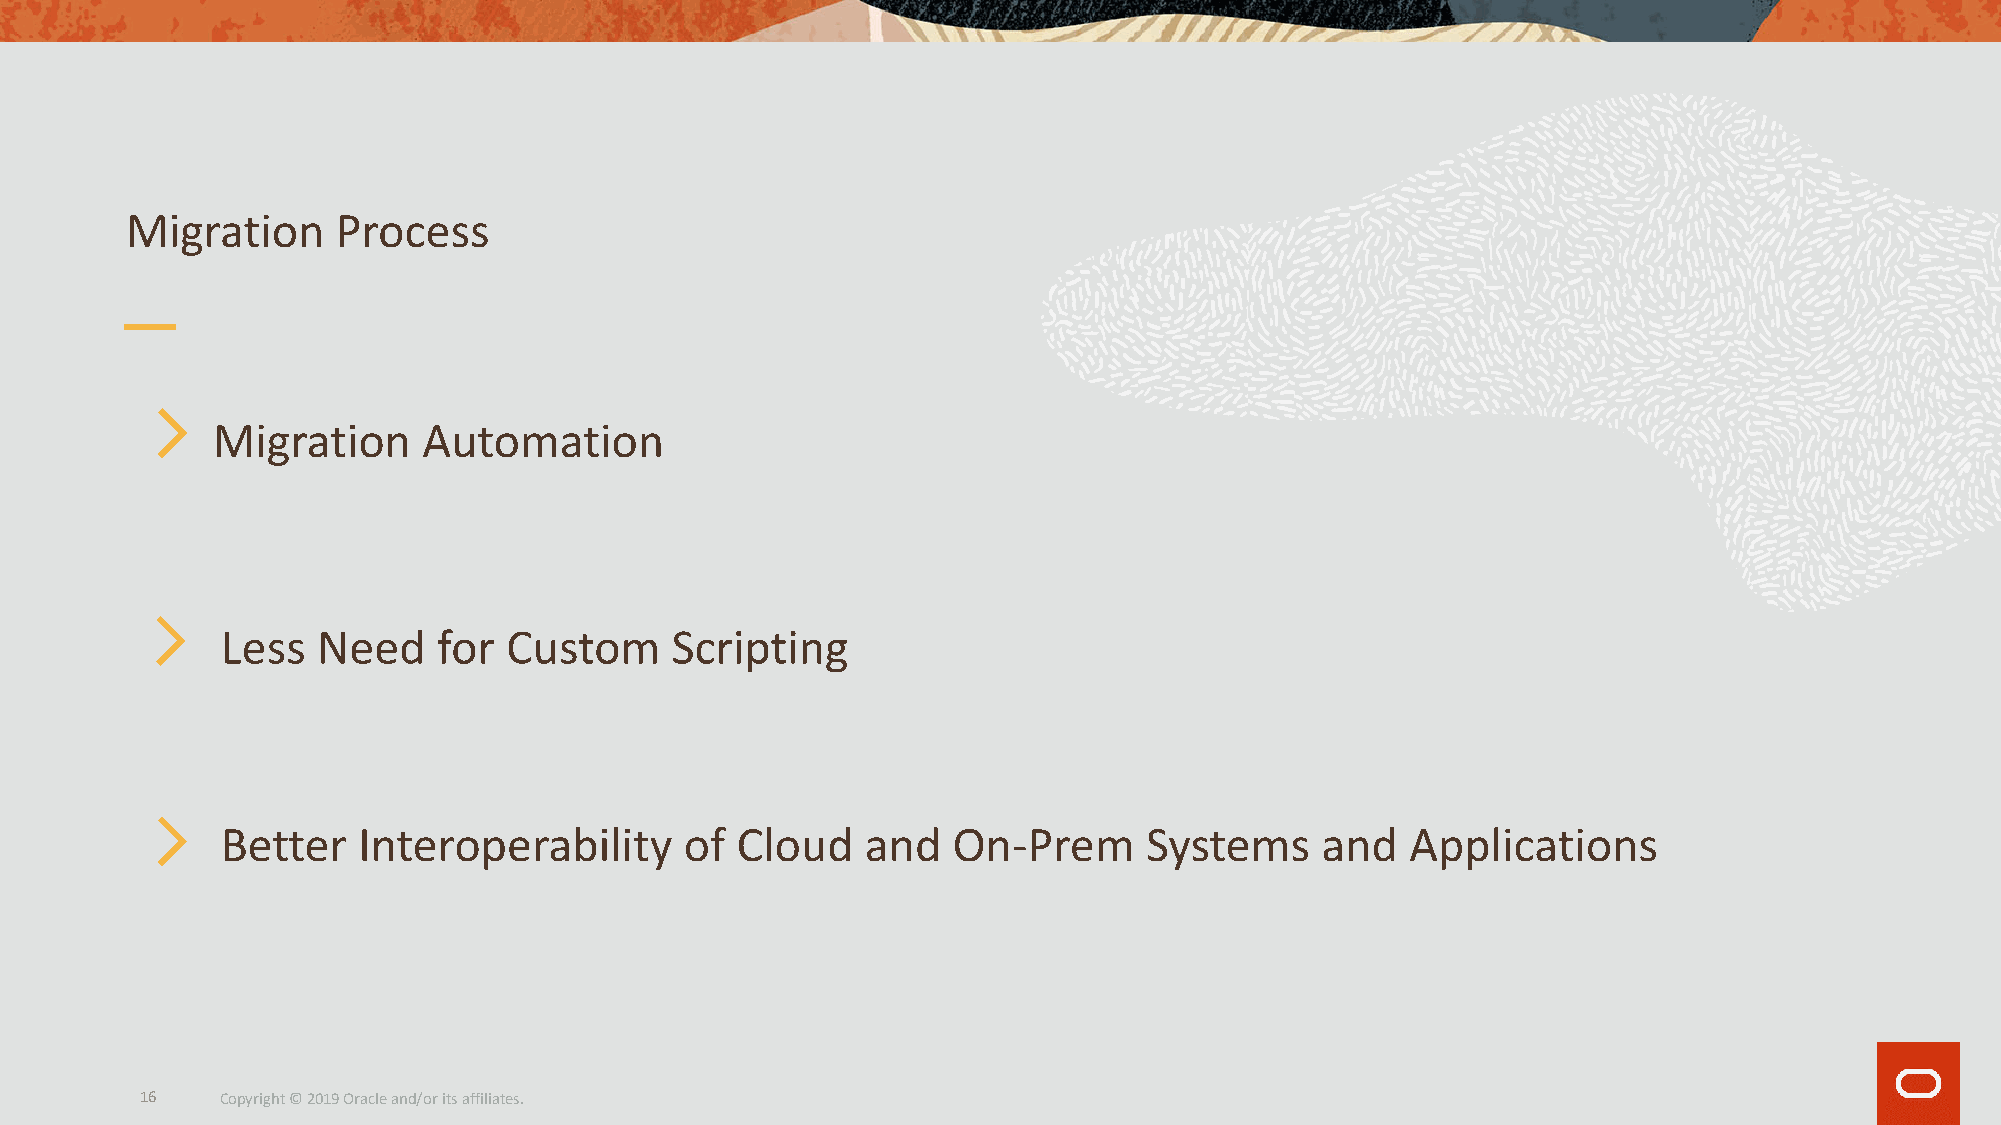
Migration     Process
 Migration     Automation
 Less  Need    for Custom     Scripting
 Better   Interoperability     of  Cloud   and   On-Prem      Systems    and   Applications
 16    Copyright © 2019 Oracle and/or its affiliates.